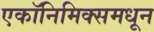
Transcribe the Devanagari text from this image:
एकॉनिमिक्समधून